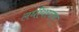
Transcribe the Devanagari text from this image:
लधीयस्त्रय